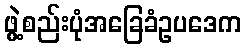
ဖွဲ့စည်းပုံအခြေခံဥပဒေက